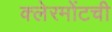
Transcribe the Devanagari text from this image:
क्लेरमोंटची